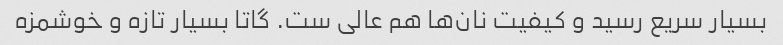
بسیار سریع رسید و کیفیت نان‌ها هم عالی ست. گاتا بسیار تازه و خوشمزه